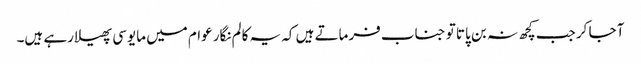
آ جا کر جب کچھ نہ بن پاتا تو جناب فرماتے ہیں کہ یہ کالم نگار عوام میں مایوسی پھیلا رہے ہیں۔